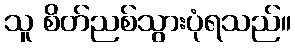
သူ စိတ်ညစ်သွားပုံရသည်။